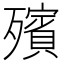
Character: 殯